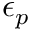
\epsilon _ { p }